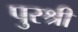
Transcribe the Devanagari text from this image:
पुरश्री